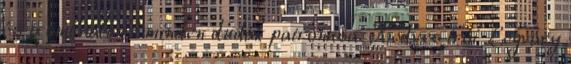
és trombitált. Ő minden dudák patrónusa. Kedves írói Légváry